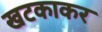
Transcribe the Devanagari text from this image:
खटकाकर